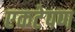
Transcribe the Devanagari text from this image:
एकटेपण